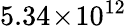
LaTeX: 5.34\! \times\! 10^{12}